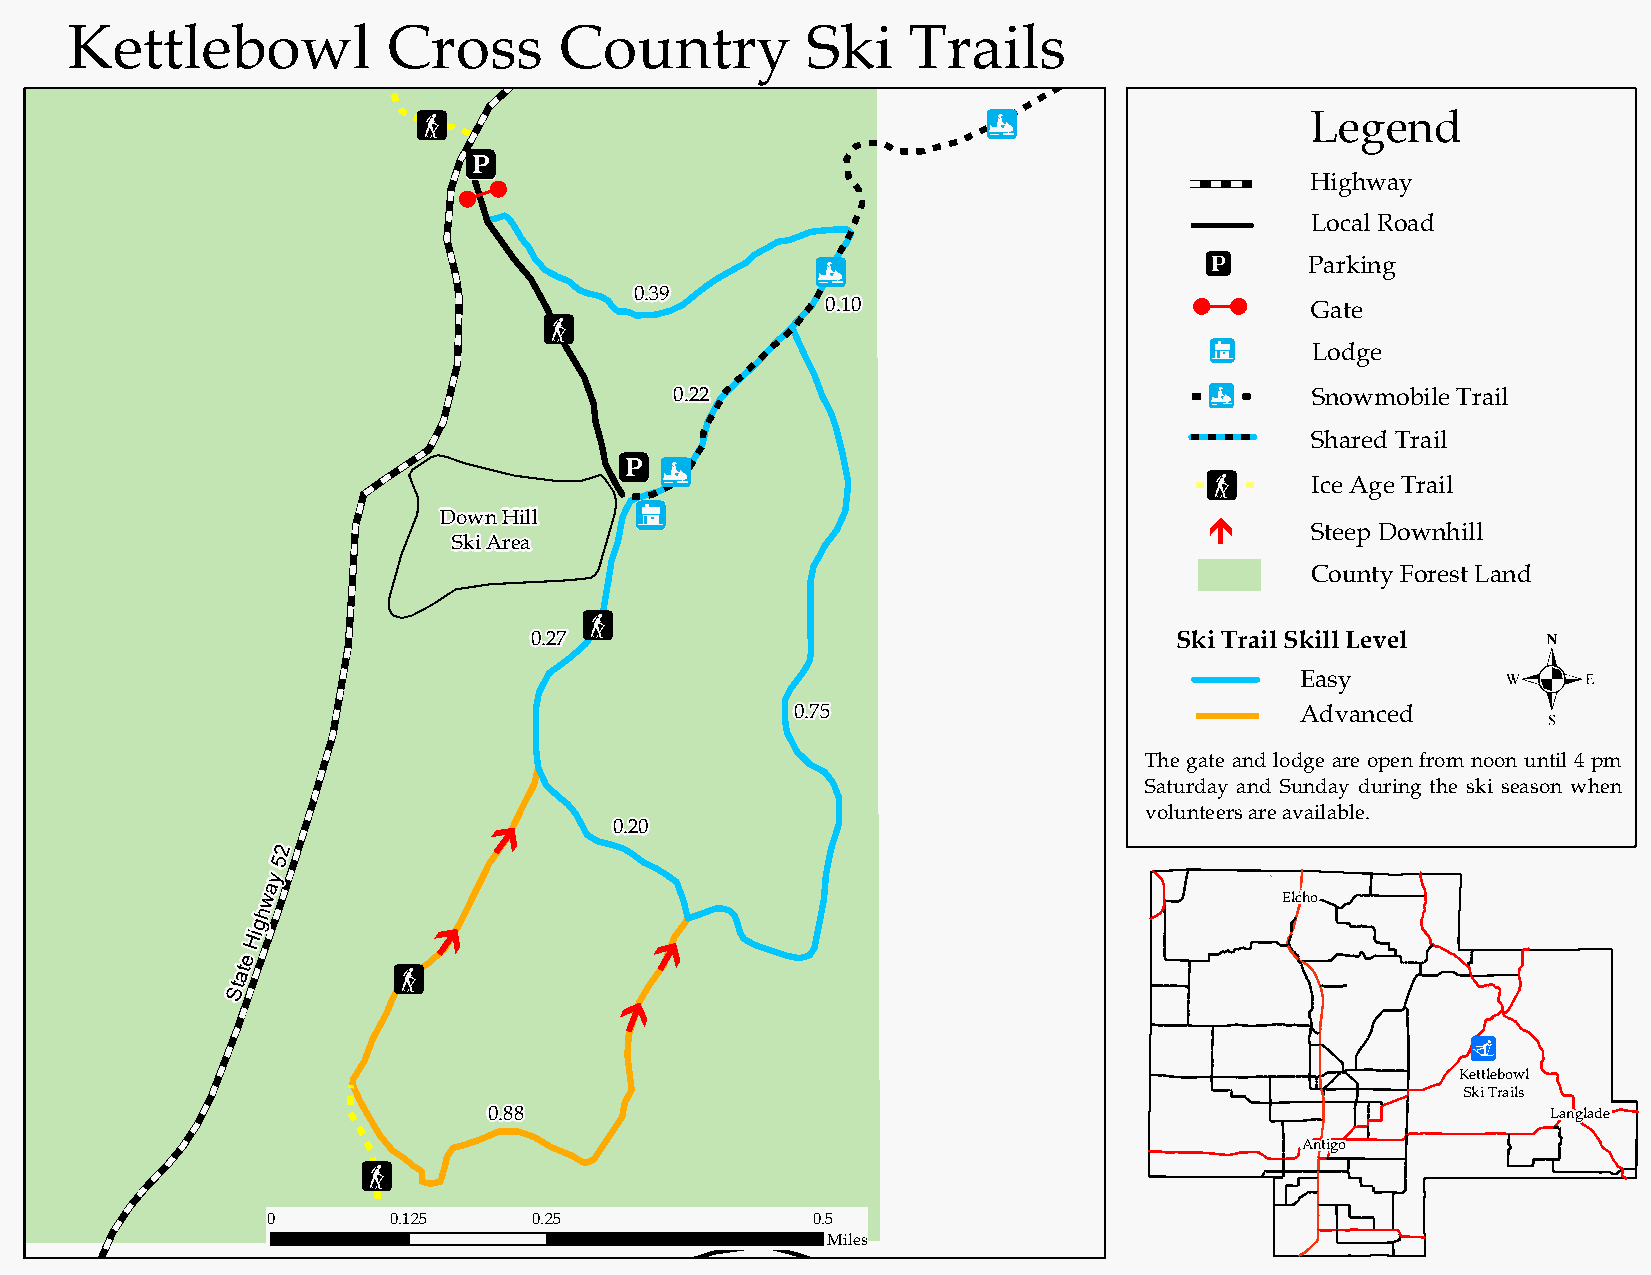
Kettlebowl            Cross      Country         Ski    Trails
 !F                                   !.                    Legend
 !j
 ! !                                                     Highway
 Local Road
 !j
 !.                               Parking
 0.39                                 ! !
 0.10                            Gate
 !F
 !=
 Lodge
 0.22                               !.     Snowmobile Trail
 Shared Trail
 !j !.
 !F     Ice Age Trail
 !=
 Down Hill                                          _
 Steep Downhill
 Ski Area
 County Forest Land
 !F
 .
 0.27                                       Ski Trail Skill Level
 Easy
 0.75                             Advanced
 The gate and lodge are open from noon until 4 pm
 Saturday and Sunday during the ski season when
 volunteers are available.
 0.20
 _
 2
 5
 y
 a
 w                                                                   Elcho
 h
 g
 Hi         _
 _
 e
 at
 !F
 St
 _
 !(
 Kettlebowl
 Ski Trails
 0.88                                                                   Langlade
 Antigo
 !F
 0       0.125    0.25               0.5
 Miles